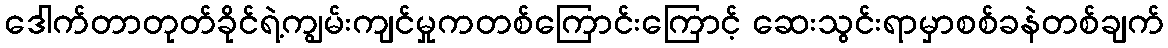
ဒေါက်တာတုတ်ခိုင်ရဲ့ကျွမ်းကျင်မှုကတစ်ကြောင်းကြောင့် ဆေးသွင်းရာမှာစစ်ခနဲတစ်ချက်